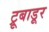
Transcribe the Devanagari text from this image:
ट्रूबाडूर